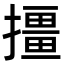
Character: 㩖